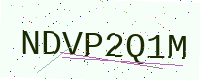
Text: NDVP2Q1M